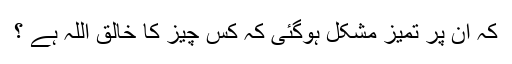
کہ ان پر تمیز مشکل ہوگئی کہ کس چیز کا خالق اللہ ہے ؟